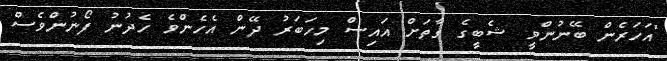
"އަހަރެން ބޭނުންވީ ޝެބީގެ ގާތަށް އައިސް މިހަބަރު ދޭން އެހެންވެ ހެދުނު ފޯނުންވެސް